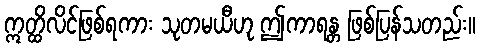
ဣတ္ထိလိင်ဖြစ်ရကား သုတမယီဟု ဤကာရန္တ ဖြစ်ပြန်သတည်း။